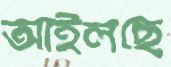
আইলছে